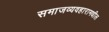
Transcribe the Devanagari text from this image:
समाजव्यवहारामधील